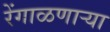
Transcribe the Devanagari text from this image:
रेंगाळणार्‍या